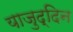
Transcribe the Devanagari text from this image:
याजुद्दिन